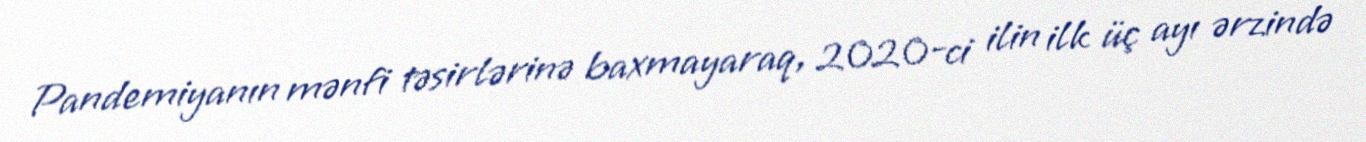
Pandemiyanın mənfi təsirlərinə baxmayaraq, 2020-ci ilin ilk üç ayı ərzində